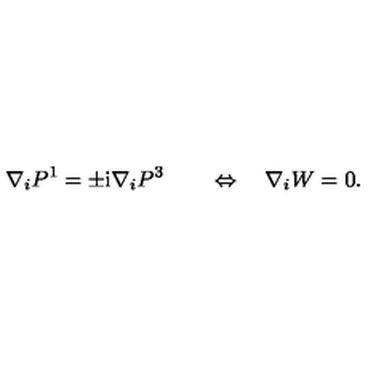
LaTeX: \nabla _ { i } P ^ { 1 } = \pm \mathrm { i } \nabla _ { i } P ^ { 3 } \qquad \Leftrightarrow \quad \nabla _ { i } W = 0 .